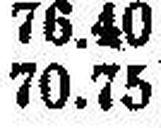
70.75